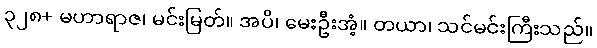
၃၂၈+ မဟာရာဇ၊ မင်းမြတ်။ အပိ၊ မေးဦးအံ့။ တယာ၊ သင်မင်းကြီးသည်။